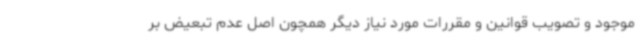
موجود و تصویب قوانین و مقررات مورد نیاز دیگر همچون اصل عدم تبعیض بر